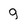
Character: g